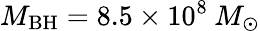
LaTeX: M_{\mathrm{BH}}=8.5\times 10^{8}\: M_{\odot}